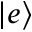
\left| e \right\rangle